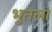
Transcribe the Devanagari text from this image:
भुतला